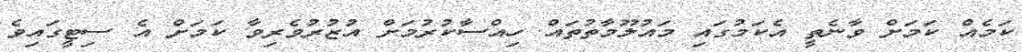
ކަމެއް ކަމަށް ވާނެތީ އެކަމުގައި މައުލޫމާތުތައް ހިއްސާކުރުމަށް އުޒުރުވެރިވާ ކަމަށް އެ ސިޓީގައިވެ